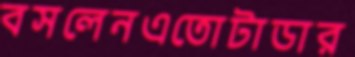
বসলেনএতোটাডার